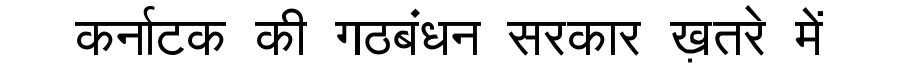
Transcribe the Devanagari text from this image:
कर्नाटक की गठबंधन सरकार ख़तरे में